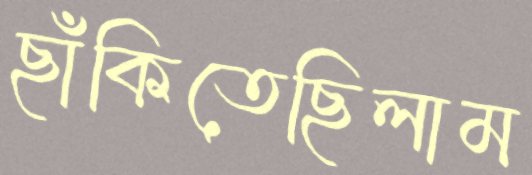
ছাঁকিতেছিলাম